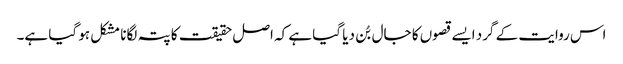
اس روایت کے گرد ایسے قصوں کا جال بُن دیا گیا ہے کہ اصل حقیقت کا پتہ لگانا مشکل ہو گیا ہے۔